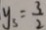
y _ { 3 } = \frac { 3 } { 2 }